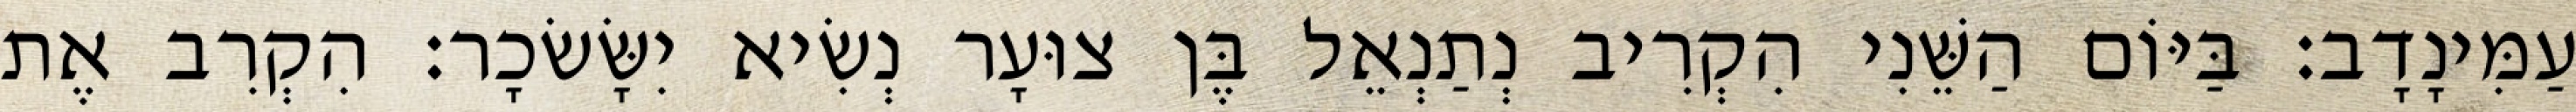
עַמִּינָדָב׃ בַּיּוֹם הַשֵּׁנִי הִקְרִיב נְתַנְאֵל בֶּן צוּעָר נְשִׂיא יִשָּׂשׂכָר׃ הִקְרִב אֶת